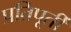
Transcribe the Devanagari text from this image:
प्रतिपूर्ती